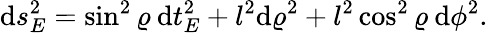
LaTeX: \mathrm{d}s_{E}^{2}=\sin^{2}\varrho\: \mathrm{d}t_{E}^{2}+l^{2}\mathrm{d}\varrho^{2}+l^{2}\cos^{2}\varrho\: \mathrm{d}\phi^{2}.